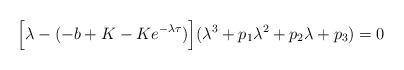
LaTeX: \begin{align*}\Big[\lambda-(-b+K-Ke^{-\lambda\tau})\Big](\lambda^{3}+p_{1}\lambda^{2}+p_{2}\lambda+p_{3})=0\end{align*}